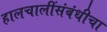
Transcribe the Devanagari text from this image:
हालचालींसंबंधीचा